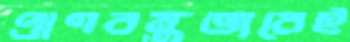
প্রাণবন্তভাবেই